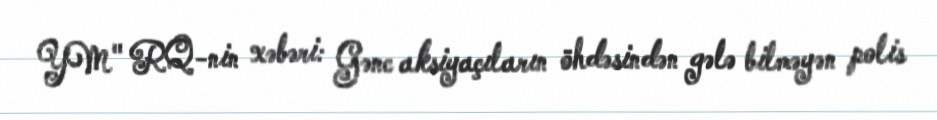
YM" RQ-nin xəbəri: Gənc aksiyaçıların öhdəsindən gələ bilməyən polis